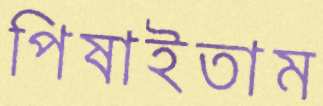
পিষাইতাম